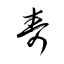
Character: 寿